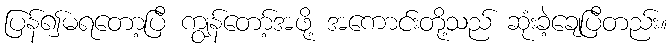
ပြန်၍မရတော့ပြီ ကျွန်တော့်အဖို့ အကောင်းတို့သည် ဆုံးခဲ့ချေပြီတည်း။